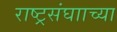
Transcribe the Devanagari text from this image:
राष्ट्रसंघााच्या